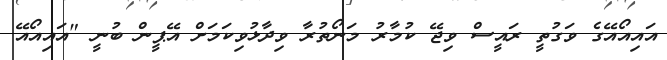
އައިއޯއޭގެ ވަގުތީ ރައީސް ވިޖޭ ކުމާރު މަނޯތުރާ ވިދާޅުވިކަމަށް އޭޕީން ބުނީ "އައިއޯއޭ